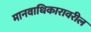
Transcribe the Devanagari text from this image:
मानवाधिकारावरील